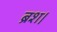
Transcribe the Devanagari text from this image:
ब्रश।